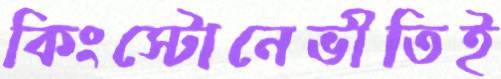
কিংস্টোনেভীতিই